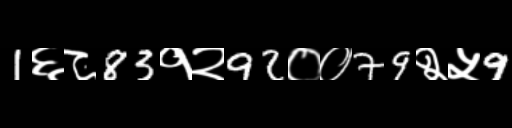
Text: 1६८83१२92००79२५9